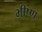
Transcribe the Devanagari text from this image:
भीष्ण